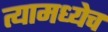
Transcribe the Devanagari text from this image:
त्यामध्येच